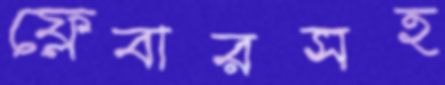
ফ্লেবারসহ